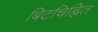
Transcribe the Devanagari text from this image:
बिटचिह्नित